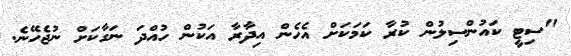
"ސިޓީ ކައުންސިލުން ކުރާ ކަމަކަށް އެހެން އިދާރާ އަކުން ހުއްދަ ނަގާކަށް ނުޖެހޭނެ.